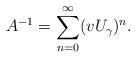
LaTeX: \begin{align*}A^{-1}=\sum_{n=0}^\infty (vU_\gamma)^n.\end{align*}